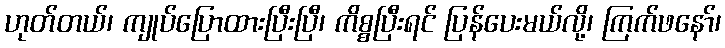
ဟုတ်တယ်၊ ကျုပ်ပြောထားပြီးပြီ၊ ကိစ္စပြီးရင် ပြန်ပေးမယ်လို့၊ ကြက်ဖနော်၊